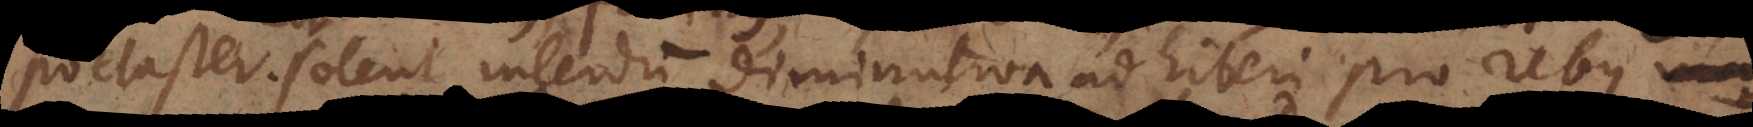
toria, solent interdum diminutiva adhiberi pro rebus